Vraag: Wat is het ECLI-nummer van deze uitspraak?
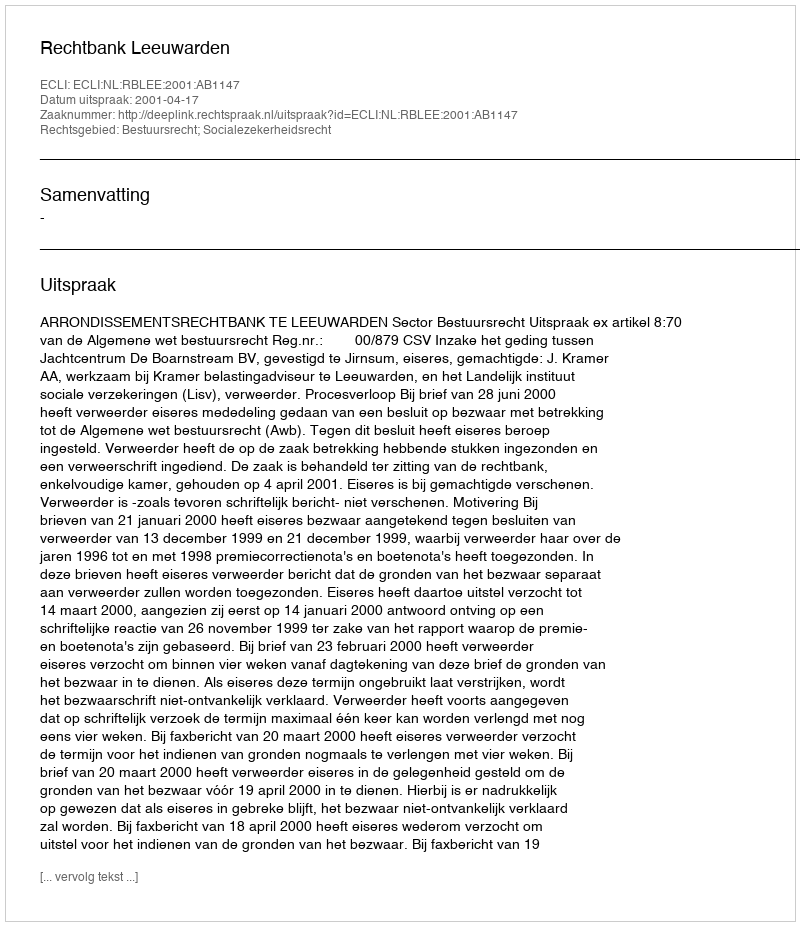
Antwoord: ECLI:NL:RBLEE:2001:AB1147